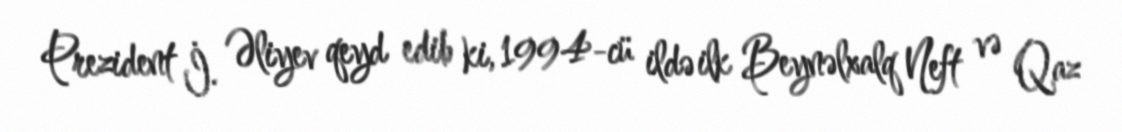
Prezident İ. Əliyev qeyd edib ki, 1994-cü ildə ilk Beynəlxalq Neft və Qaz